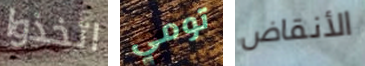
اتخذوا تومي الأنقاض